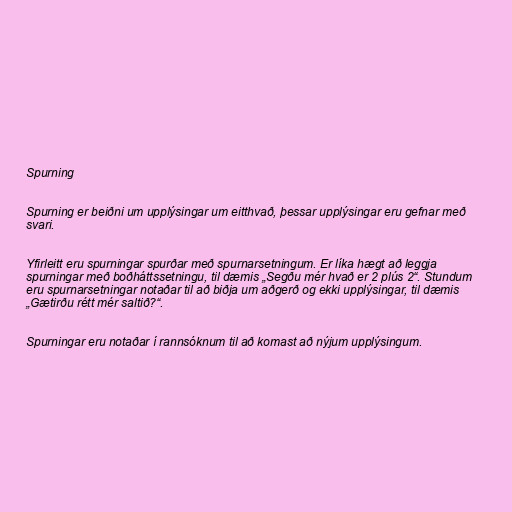
Spurning

Spurning er beiðni um upplýsingar um eitthvað, þessar upplýsingar eru gefnar með
svari.

Yfirleitt eru spurningar spurðar með spurnarsetningum. Er líka hægt að leggja
spurningar með boðháttssetningu, til dæmis „Segðu mér hvað er 2 plús 2“. Stundum
eru spurnarsetningar notaðar til að biðja um aðgerð og ekki upplýsingar, til dæmis
„Gætirðu rétt mér saltið?“.

Spurningar eru notaðar í rannsóknum til að komast að nýjum upplýsingum.